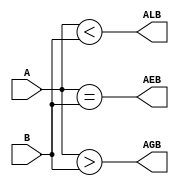
/* -----------------------------------------------------------------
 *  Arquivo   : comparador_8b.v
 *  Projeto   : Polilock
 * -----------------------------------------------------------------
 * Descricao : comparador magnitude de 8 bits
 * -----------------------------------------------------------------
 * Revisoes  :
 *     Data        Versao  Autor             Descricao
 *     10/03/2024  1.0     Vitor Sasaki      criacao
 * -----------------------------------------------------------------
 */

module comparador_8b (
    input [7:0] A,
    input [7:0] B,
    output AEB,
    output ALB,
    output AGB
);

    assign AEB = A == B;
    assign ALB = A < B;
    assign AGB = A > B;

endmodule